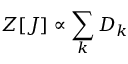
Z [ J ] \propto \sum _ { k } { D _ { k } }